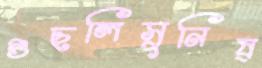
গুছলিসুনিষ্